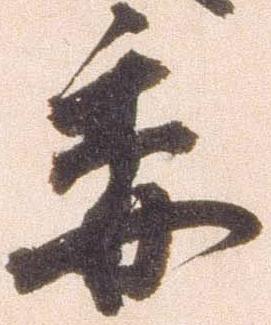
委